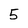
Character: 5